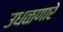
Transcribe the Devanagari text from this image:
उधळणारे